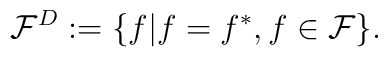
{\cal F}^D:=\{f|f=f^{*},f\in {\cal F}\}.